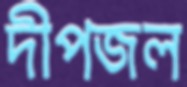
দীপজল